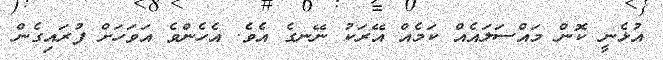
އުޅެނީ ކޮން މައްސަލައެއް ކަމެއް އޭރަކު ނޭނގެ އެވެ. އެހެންވެ އަވަހަށް ފުރައިގެން